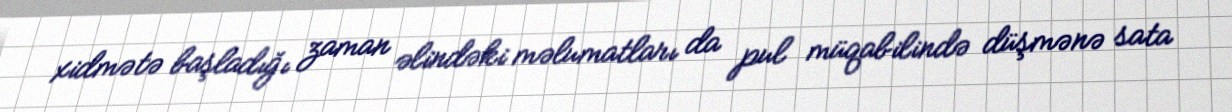
xidmətə başladığı zaman əlindəki məlumatları da pul müqabilində düşmənə sata